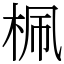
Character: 𣑲